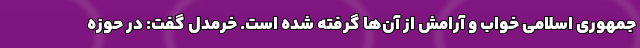
جمهوری اسلامی خواب و آرامش از آن‌ها گرفته شده است. خرمدل گفت: در حوزه